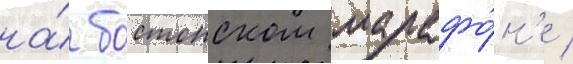
на́ бостонском марафо́н'е /